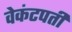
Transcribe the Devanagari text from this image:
वेकंटपती